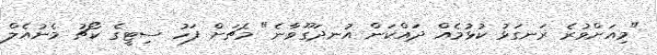
"މިއަށްވުރެ ރަނގަޅު ކުޅުމެއް ދައްކަން އުނދަގޫވާނެ" މެޗަށް ފަހު ސިޓީގެ ކޯޗު މެނުއެލް